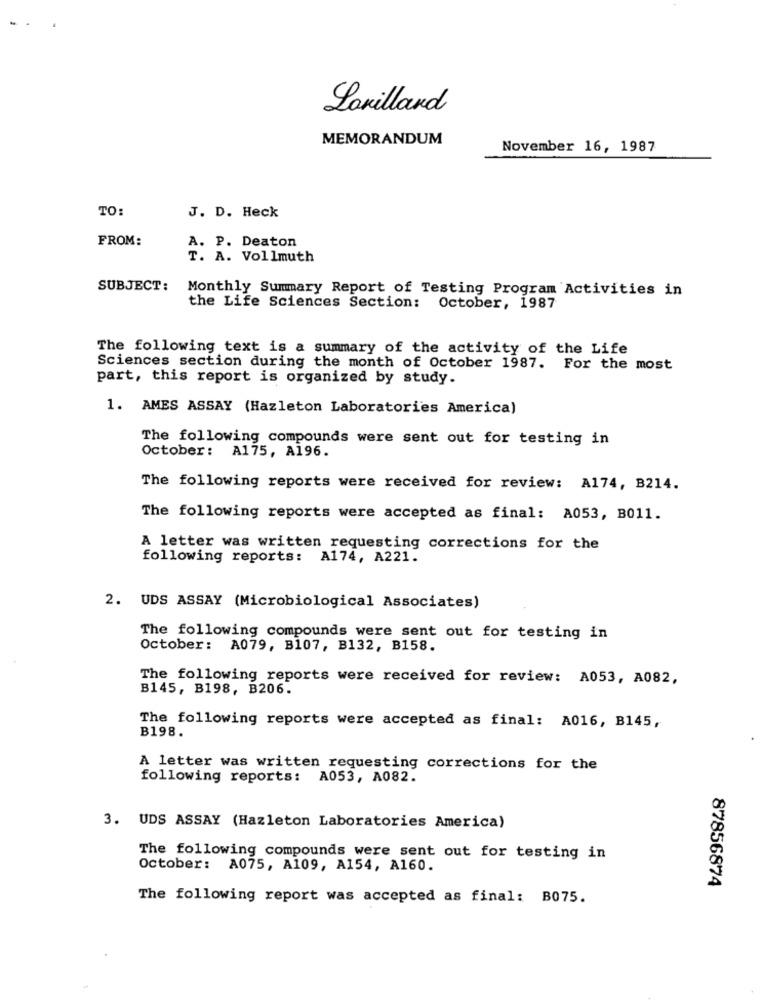
Lorillard
MEMORANDUM
November 16, 1987
TO:
J. D. Heck
FROM:
A. P. Deaton
T. A. Vollmuth
SUBJECT:
Monthly Summary Report of Testing Program Activities in
the Life Sciences Section: October, 1987
The following text is a summary of the activity of the Life
Sciences section during the month of October 1987. For the most
part, this report is organized by study.
1. AMES ASSAY (Hazleton Laboratories America)
The following compounds were sent out for testing in
October: A175, A196.
The following reports were received for review: A174, B214.
The following reports were accepted as final: A053, B011.
A letter was written requesting corrections for the
following reports: A174, A221.
2. UDS ASSAY (Microbiological Associates)
The following compounds were sent out for testing in
October: A079, B107, B132, B158.
The following reports were received for review: A053, A082,
B145, B198, B206.
The following reports were accepted as final: A016, B145,
B198.
A letter was written requesting corrections for the
following reports: A053, A082.
3. UDS ASSAY (Hazleton Laboratories America)
The following compounds were sent out for testing in
October: A075, A109, A154, A160.
87856874
The following report was accepted as final: B075.